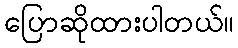
ပြောဆိုထားပါတယ်။